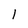
Character: l